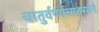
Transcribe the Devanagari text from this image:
चातुर्वर्ण्यव्यवस्थेने